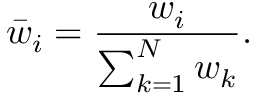
\bar { w } _ { i } = \frac { w _ { i } } { \sum _ { k = 1 } ^ { N } w _ { k } } .